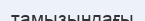
тамызындағы